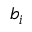
b _ { i }